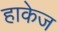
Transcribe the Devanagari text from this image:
हाकेज